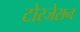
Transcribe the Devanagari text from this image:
टोरजेसन